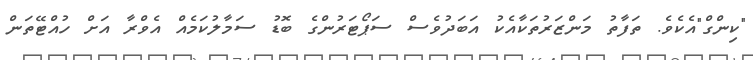
"ކިންގް"އެކެވެ. ތަފާތު މަންޒަރުތަކާއެކު އަބަދުވެސް ސަޕޯޓަރުންގެ ބޮޑު ސަމާލުކަމެއް އެވްރާ އަށް ހުއްޓޭތަން